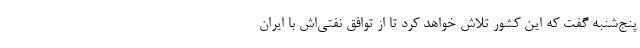
پنج‌شنبه گفت که این کشور تلاش خواهد کرد تا از توافق نفتی‌اش با ایران